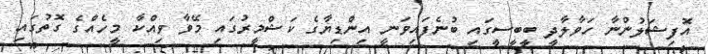
އޮފިޝަލުންނާ ހަވާލާދީ ބީބީސީގައި ބުނެފައިވަނީ އިންޑިޔާގެ ކަޝްމީރުގައި މޭވާ ވިއްކާ މީހެއްގެ ގޮތުގައި